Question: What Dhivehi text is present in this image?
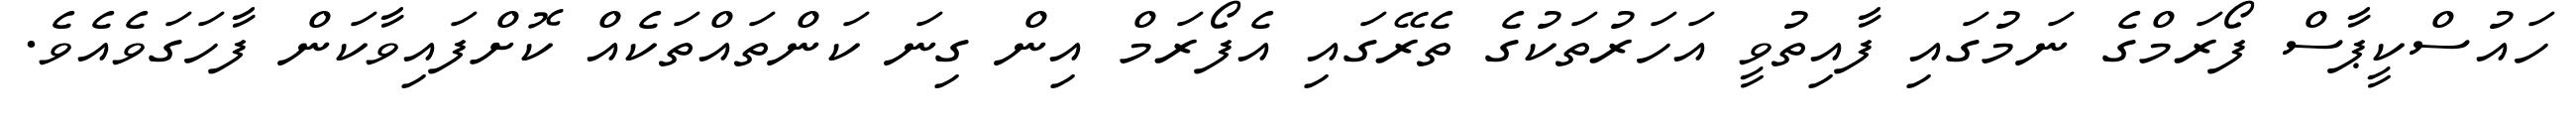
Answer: ހައުސްކީޕާސް ފޯރަމްގެ ނަމުގައި ފާއިތުވީ އަހަރުތަކުގެ ތެރޭގައި އެފޯރަމް އިން ގިނަ ކަންތައްތަކެއް ކޮށްފައިވާކަން ފާހަގަވެއެވެ.